Annual report on the Civil Veterinary Department, Burma (including the Insein Veterinary School) - 1932-1941
Year: 1932
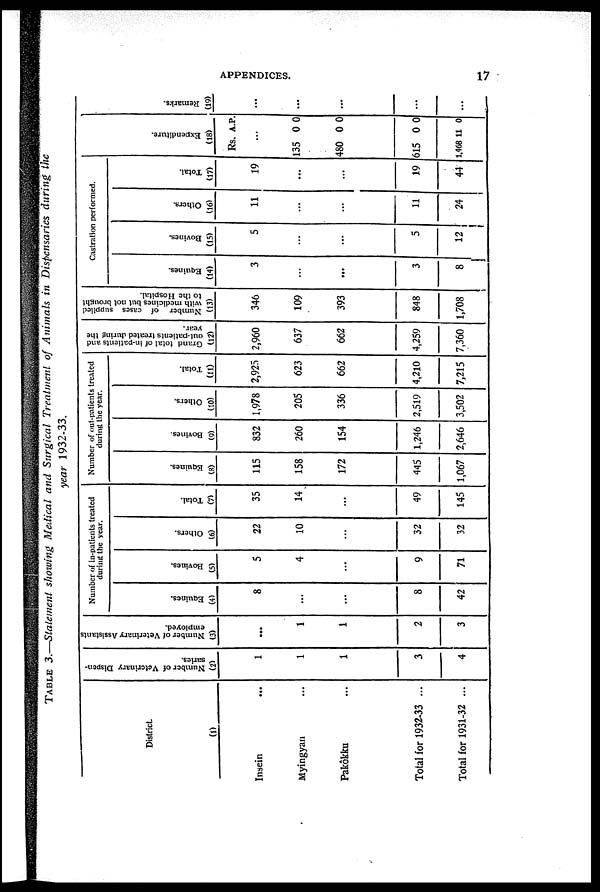
APPENDICES.
17
TABLE 3.—Statement showing Medical and Surgical Treatment of Animals in Dispensaries during the
year 1932-33.
District.
(1)
Insein ...
Myingyan ...
Pakôkku ...
Total for 1932-33 ...
Total for 1931-32 ...
Number of Veterinary Dispen-
saries.
(2)
1
1
1
3
4
Number of Veterinary Assistants
employed.
(3)
...
1
1
2
3
Number of in-patients treated
during the year.
Equines.
(4)
8
...
...
8
42
Bovines.
(5)
5
4
...
9
71
Others.
(6)
22
10
...
32
32
Total.
(7)
35
14
...
49
145
Number of out-patients treated
during the year.
Equines.
(8)
115
158
172
445
1,067
Bovines.
(9)
832
260
154
1,246
2,646
Others.
(10)
1,978
205
336
2,519
3,502
Total.
(11)
2,925
623
662
4,210
7,215
Grand total of in-patients and
out-patients treated during the
year.
(12)
2,960
637
662
4,259
7,360
Number of cases supplied
with medicines but not brought
to the Hospital.
(13)
346
109
393
848
1,708
Castration performed.
Equines.
(14)
3
...
...
3
8
Bovines.
(15)
5
...
...
5
12
Others.
(16)
11
...
...
11
24
Total.
(17)
19
...
...
19
44
E
xpenditure.
(1
8)
Rs.
135
480
615
1,468
A.
...
0
0
0
11
P.
0
0
0
0
Remarks.
(19)
...
...
...
...
...